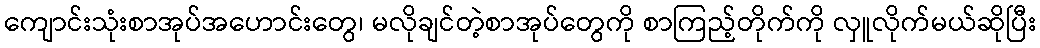
ကျောင်းသုံးစာအုပ်အဟောင်းတွေ၊ မလိုချင်တဲ့စာအုပ်တွေကို စာကြည့်တိုက်ကို လှူလိုက်မယ်ဆိုပြီး